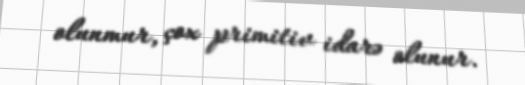
olunmur, çox primitiv idarə olunur.